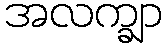
အလက္ချာ